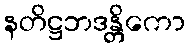
နတိဋ္ဌဘဒန္တိကော